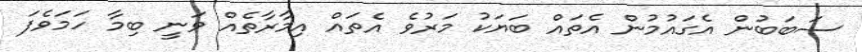
ސަބަބުން އެގައުމުން އެތައް ބަޔަކު މަރުވެ އެތައް އިމާރާތެއް ވަނީ ބިމާ ހަމަވެފަ